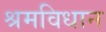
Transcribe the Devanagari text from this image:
श्रमविधान